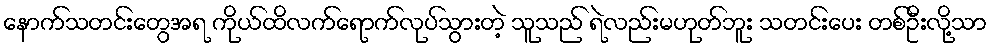
နောက်သတင်းတွေအရ ကိုယ်ထိလက်ရောက်လုပ်သွားတဲ့ သူသည် ရဲလည်းမဟုတ်ဘူး သတင်းပေး တစ်ဦးလို့သာ